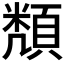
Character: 𮨔